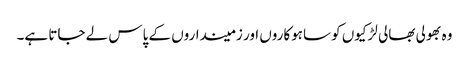
وہ بھولی بھالی لڑکیوں کو ساہوکاروں اور زمینداروں کے پاس لے جاتا ہے۔